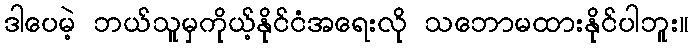
ဒါပေမဲ့ ဘယ်သူမှကိုယ့်နိုင်ငံအရေးလို သဘောမထားနိုင်ပါဘူး။